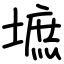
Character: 墌